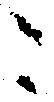
ニ